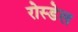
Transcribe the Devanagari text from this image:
रोस्डेल